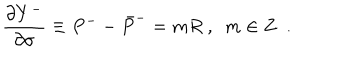
\frac { \partial Y ^ { - } } { \partial \sigma } \equiv P ^ { - } - \bar { P } ^ { - } = m R ~ , ~ ~ m \in { \bf Z } ~ ~ .